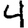
Digit: 4